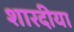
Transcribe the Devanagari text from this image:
शारदीया